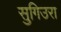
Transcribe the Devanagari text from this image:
सुगिउरा